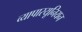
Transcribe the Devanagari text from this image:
व्यापारयूनियन